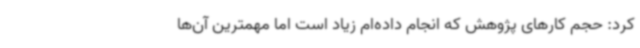
کرد: حجم کارهای پژوهش که انجام داده‌ام زیاد است اما مهمترین آن‌ها